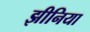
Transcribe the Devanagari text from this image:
झीनिया